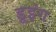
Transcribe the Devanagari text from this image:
डूइंग